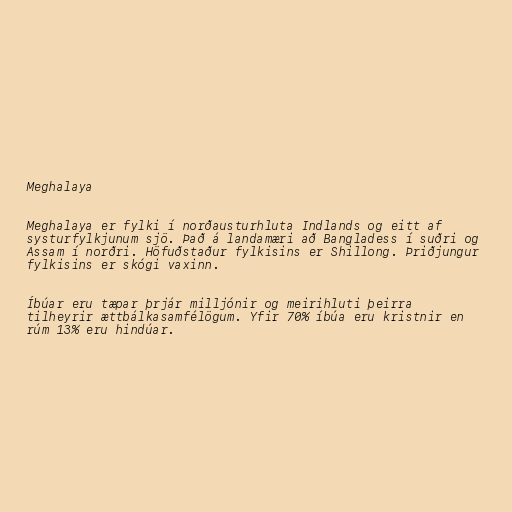
Meghalaya

Meghalaya er fylki í norðausturhluta Indlands og eitt af
systurfylkjunum sjö. Það á landamæri að Bangladess í suðri og
Assam í norðri. Höfuðstaður fylkisins er Shillong. Þriðjungur
fylkisins er skógi vaxinn.

Íbúar eru tæpar þrjár milljónir og meirihluti þeirra
tilheyrir ættbálkasamfélögum. Yfir 70% íbúa eru kristnir en
rúm 13% eru hindúar.